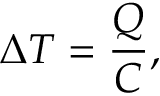
\Delta T = \frac { Q } { C } ,